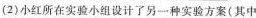
(2)小红所在实验小组设计了另一种实验方案(其中